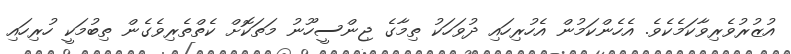
އުޒުރުވެރިވާކަމެކެވެ. އެހެންކަމުން އެހުރިހައި ދުވަހަކު ތިމާގެ ޖިންސީހޫނު މަތަކޮށް ކެތްތެރިވެގެން ތިބުމަކީ ހުރިހައި